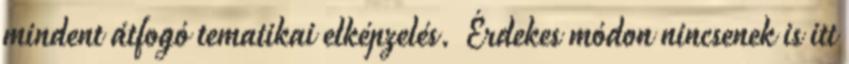
mindent átfogó tematikai elképzelés. Érdekes módon nincsenek is itt